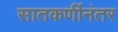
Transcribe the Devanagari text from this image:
सातकर्णीनंतर